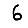
Digit: 6